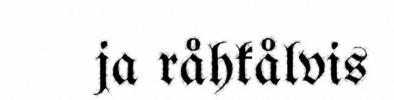
ja råhkålvis